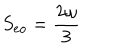
S _ { e o } = { \frac { 2 \omega } { 3 } }